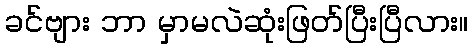
ခင်ဗျား ဘာ မှာမလဲဆုံးဖြတ်ပြီးပြီလား။